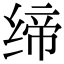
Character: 缔